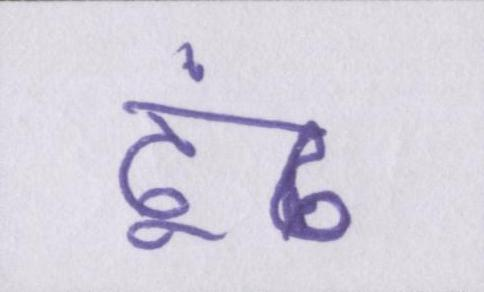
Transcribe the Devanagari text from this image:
ढूंढ